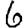
Digit: 6